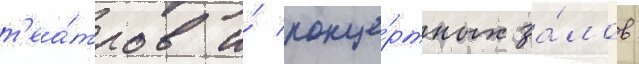
т'еа́тров и́ конце́ртных за́лов: